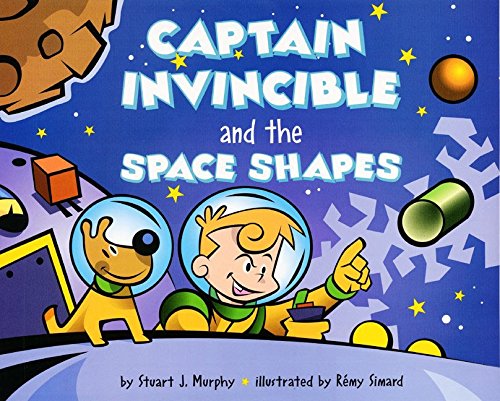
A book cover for Captain Invincible and the Space Shapes (MathStart 2); Stuart J. Murphy; Science & Math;